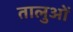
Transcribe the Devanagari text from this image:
तालुओं